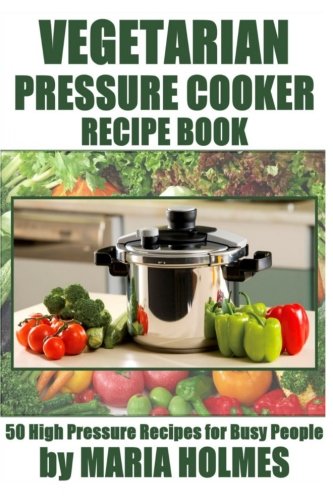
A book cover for Vegetarian Pressure Cooker Recipe Book: 50 High Pressure Recipes for Busy People; Maria Holmes; Cookbooks, Food & Wine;